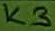
Text: K3